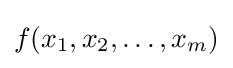
f(x_{1},x_{2},\dots ,x_{m})